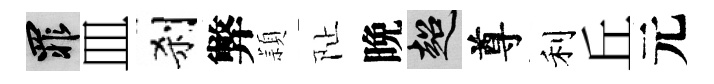
罪皿刹弊頴阯晩超尊利丘元